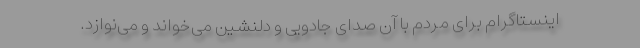
اینستاگرام برای مردم با آن صدای جادویی و دلنشین می‌‌خواند و می‌نوازد.